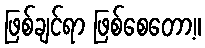
ဖြစ်ချင်ရာ ဖြစ်စေတော့။